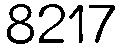
8217